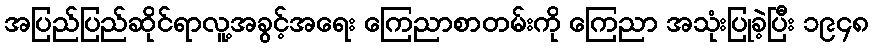
အပြည်ပြည်ဆိုင်ရာလူ့အခွင့်အရေး ကြေညာစာတမ်းကို ကြေညာ အသုံးပြုခဲ့ပြီး ၁၉၄၈